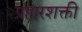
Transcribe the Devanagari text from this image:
प्रहारशक्ती